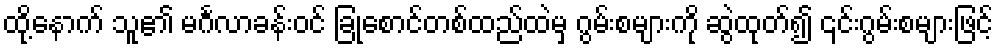
ထို့နောက် သူ၏ မင်္ဂလာခန်းဝင် ခြုံစောင်တစ်ထည်ထဲမှ ဂွမ်းစများကို ဆွဲထုတ်၍ ၎င်းဂွမ်းစများဖြင့်